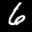
Label: 6